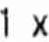
1 X